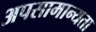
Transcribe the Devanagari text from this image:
अपसामान्यता